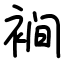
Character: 裥